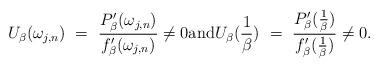
LaTeX: \begin{align*}U_{\beta}(\omega_{j,n}) ~=~ \frac{P'_{\beta}(\omega_{j,n})}{f'_{\beta}(\omega_{j,n})}\neq 0 \mbox{and}U_{\beta}(\frac{1}{\beta}) ~=~ \frac{P'_{\beta}(\frac{1}{\beta})}{f'_{\beta}(\frac{1}{\beta})}\neq 0.\end{align*}